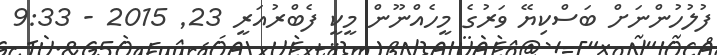
ފުލުހުންނަށް ބަސްކިޔޭ ވަރުގެ މީހެއްނޫން މީކީ ފެބްރުއަރީ 23